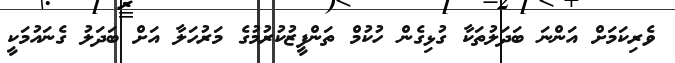
ވެރިކަމަށް އަންނަ ބަދަލުތަކާ ގުޅިގެން ހުކުމް ތަންފީޒުކުރުމުގެ މަރުހަލާ އަށް ބަދަލު ގެނައުމަކީ